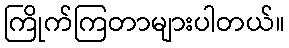
ကြိုက်ကြတာများပါတယ်။